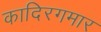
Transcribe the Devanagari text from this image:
कादिरगमार